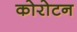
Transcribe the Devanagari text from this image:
कोरोटन